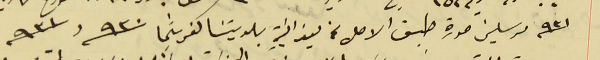
سنة ٩٣١ مرسلين صورة طبق الاصل عن ميزانيَة بلديتنا كفرشيما سنة ٩٣٠ وسنة ٩٣١